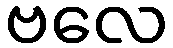
ဗလေ